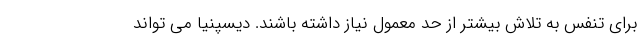
برای تنفس به تلاش بیشتر از حد معمول نیاز داشته باشند. دیسپنیا می تواند